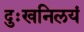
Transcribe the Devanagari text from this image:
दुःखनिलयं